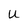
Character: u